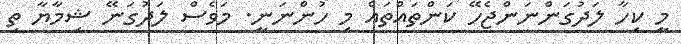
މީ ކިހާ ލަދުގަންނަންޖެހޭ ކަންތައްތައް މި ހުންނަނީ. މަވެސް ލަދުގަނޭ ޝިމާޔާ ތި